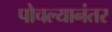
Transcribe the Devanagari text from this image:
पोचल्यानंतर